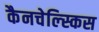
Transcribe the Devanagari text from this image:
कैनचेल्स्किस